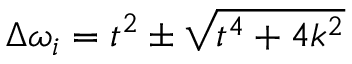
\Delta \omega _ { i } = t ^ { 2 } \pm \sqrt { t ^ { 4 } + 4 k ^ { 2 } }